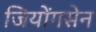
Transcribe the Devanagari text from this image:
जियोंगसेन